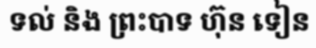
ទល់ និង ព្រះបាទ ហ៊ុន ទៀន